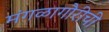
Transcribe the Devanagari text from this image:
मंगळागौरीची